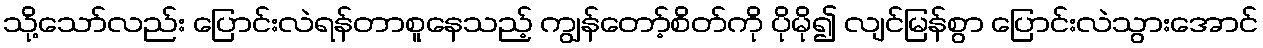
သို့သော်လည်း ပြောင်းလဲရန်တာစူနေသည့် ကျွန်တော့်စိတ်ကို ပိုမို၍ လျင်မြန်စွာ ပြောင်းလဲသွားအောင်